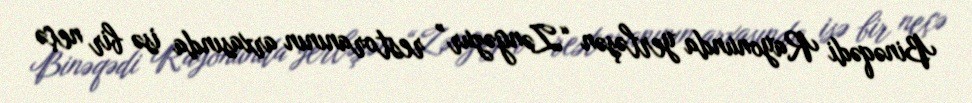
Binəqədi Rayonunda yerləşən “Zəngəzur” restoranının arxasında isə bir neçə